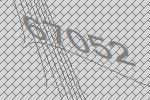
67052